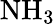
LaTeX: \mathrm{NH_{3}}